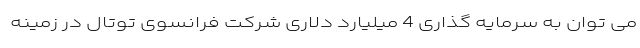
می توان به سرمایه گذاری 4 میلیارد دلاری شرکت فرانسوی توتال در زمینه